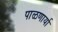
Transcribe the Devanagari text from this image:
पाळणार्या